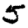
Digit: 5